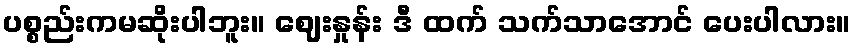
ပစ္စည်းကမဆိုးပါဘူး။ ဈေးနှုန်း ဒီ ထက် သက်သာအောင် ပေးပါလား။